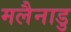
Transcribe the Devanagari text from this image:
मलैनाडु